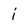
Character: i